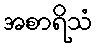
အစာရိသံ